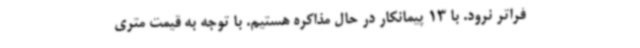
فراتر نرود. با 13 پیمانکار در حال مذاکره هستیم. با توجه به قیمت متری